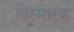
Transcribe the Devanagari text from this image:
बिस्मारक